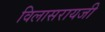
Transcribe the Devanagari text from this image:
विलासरायजी